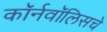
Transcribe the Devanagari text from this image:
कॉर्नवॉलिसचे